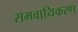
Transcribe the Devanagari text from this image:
समवायिकरण